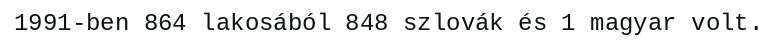
1991-ben 864 lakosából 848 szlovák és 1 magyar volt.